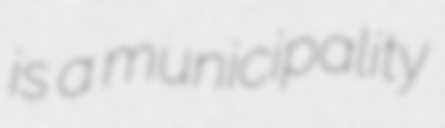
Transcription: is a municipality